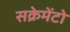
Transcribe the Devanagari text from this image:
सक्रेमेंटो